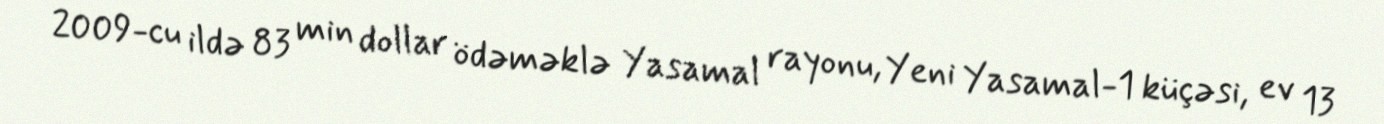
2009-cu ildə 83 min dollar ödəməklə Yasamal rayonu, Yeni Yasamal-1 küçəsi, ev 13